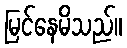
မြင်နေမိသည်။